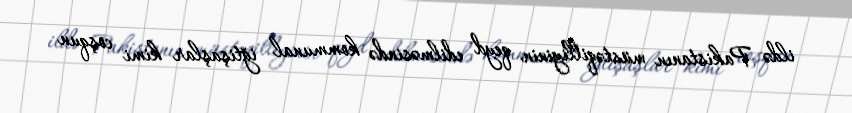
ildə Pakistanın müstəqilliyinin qeyd edilməsində kommunal iğtişaşlar kimi coşqun